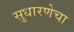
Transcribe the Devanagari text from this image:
सुधारणेचा